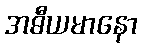
အဓီယမာနော